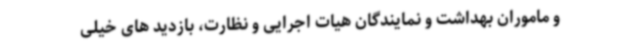
و ماموران بهداشت و نمایندگان هیات اجرایی و نظارت، بازدید های خیلی